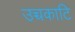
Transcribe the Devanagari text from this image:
उच्चकाटि